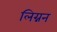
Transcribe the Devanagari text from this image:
लिग्नन